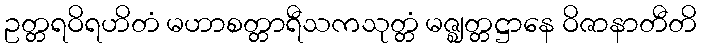
ဥတ္တရဝိရဟိတံ မဟာစတ္တာရီသကသုတ္တံ မဇ္ဈတ္တဋ္ဌာနေ ဝိဇာနာတီတိ